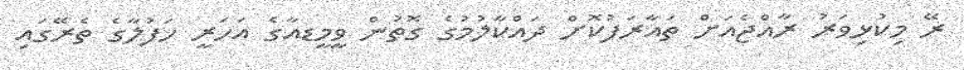
ރޭ މިކުޅިވަރު ރާއްޖެއަށް ތައާރަފުކޮށް ދައްކާލުމުގެ ގޮތުން ވީމީޑއާގެ އަހަރީ ހަފުލާގެ ތެރޭގައި